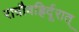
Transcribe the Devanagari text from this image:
रात्रौवह्रिर्दूरात्